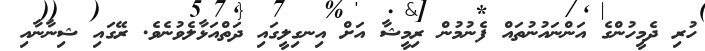
ހުރި ދެމީހުންގެ އަންނައުނުތައް ފެނުމުން ރިމީޝާ އަށް އިނގިލީގައި ދަތްއަޅާލެވުނެވެ. ރޭގައި ޝިިނާނާއި